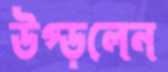
উপ্‌ড়লেন